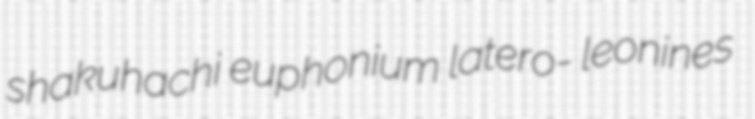
shakuhachi euphonium latero- leonines